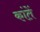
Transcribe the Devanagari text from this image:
कांतें